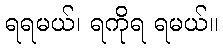
ရရမယ်၊ ရကိုရ ရမယ်။